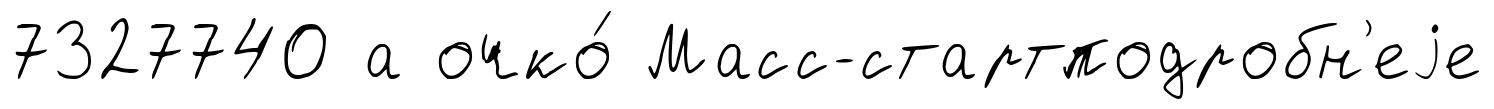
7327740 а очко́ Масс-стартподробн'еjе